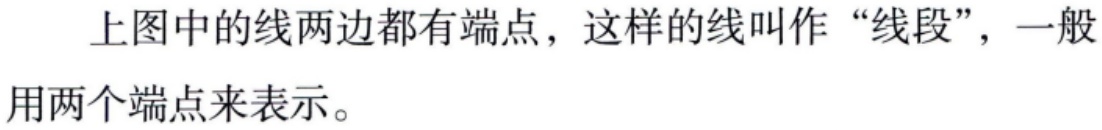
上图中的线两边都有端点，这样的线叫作“线段”，一般用两个端点来表示。